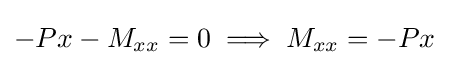
-Px-M_{xx}=0\implies M_{xx}=-Px